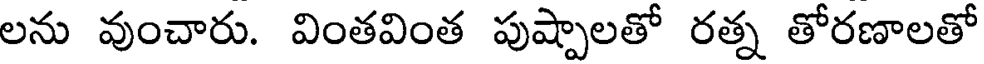
లను వుంచారు. వింతవింత పుష్పాలతో రత్న తోరణాలతో